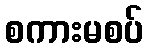
စကားမစပ်